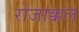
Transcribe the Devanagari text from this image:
रोजाक्कल